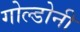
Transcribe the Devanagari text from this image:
गोल्डोनी